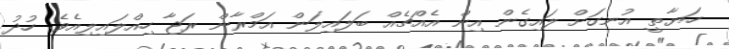
ހަޔާތީ އުނގަށް ލައިގެން އިން އެއްޗެއް ބަލައިލަން އަމްރާން ރަޖާ ހިއްލައިލިއެވެ. ހުދު